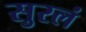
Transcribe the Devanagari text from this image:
सुरलं